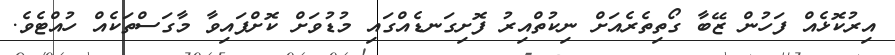
އިރުކޮޅެއް ފަހުން ޒޭބާ ގޯތިތެރެއަށް ނިކުތްއިރު ފޮށިގަނޑެއްގައި މުޑުވަށް ކޮށްފައިވާ މާގަސްތަކެއް ހުއްޓެވެ.